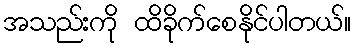
အသည်းကို ထိခိုက်စေနိုင်ပါတယ်။